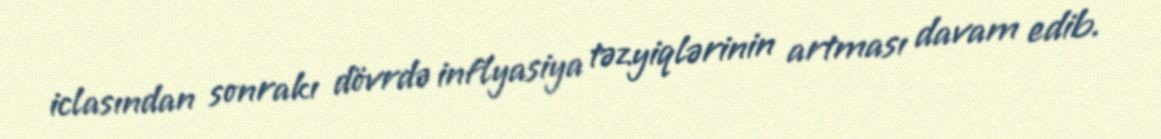
iclasından sonrakı dövrdə inflyasiya təzyiqlərinin artması davam edib.